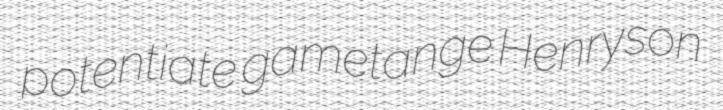
potentiate gametange Henryson